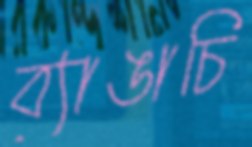
ব্যাঙাচি